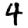
Digit: 4